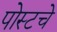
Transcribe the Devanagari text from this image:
पोस्टचे